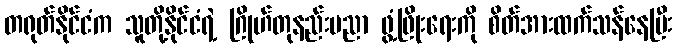
တရုတ်နိုင်ငံက သူတို့နိုင်ငံရဲ့ ဂြိုဟ်တုနည်းပညာ ဖွံ့ဖြိုးရေးကို စိတ်အားထက်သန်နေပြီး